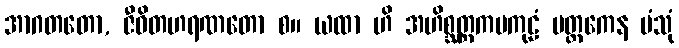
အာဂတတော, ဇီဝိတဟရဏတော စ။ ယထာ ဟိ အဟိစ္ဆတ္တကမကုဠံ မတ္ထကေန ပံသုံ